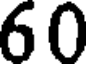
60